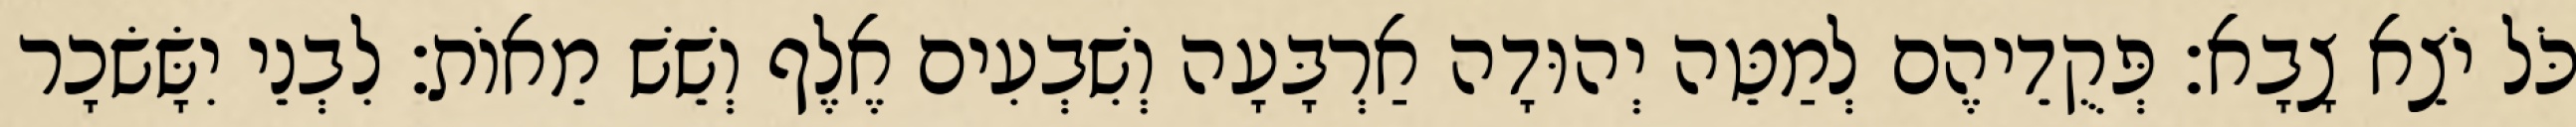
כֹּל יֹצֵא צָבָא׃ פְּקֻדֵיהֶם לְמַטֵּה יְהוּדָה אַרְבָּעָה וְשִׁבְעִים אֶלֶף וְשֵׁשׁ מֵאוֹת׃ לִבְנֵי יִשָּׂשׂכָר